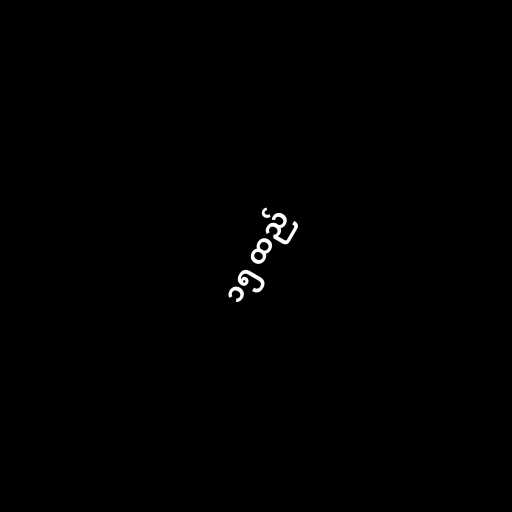
၁၅ ထည်